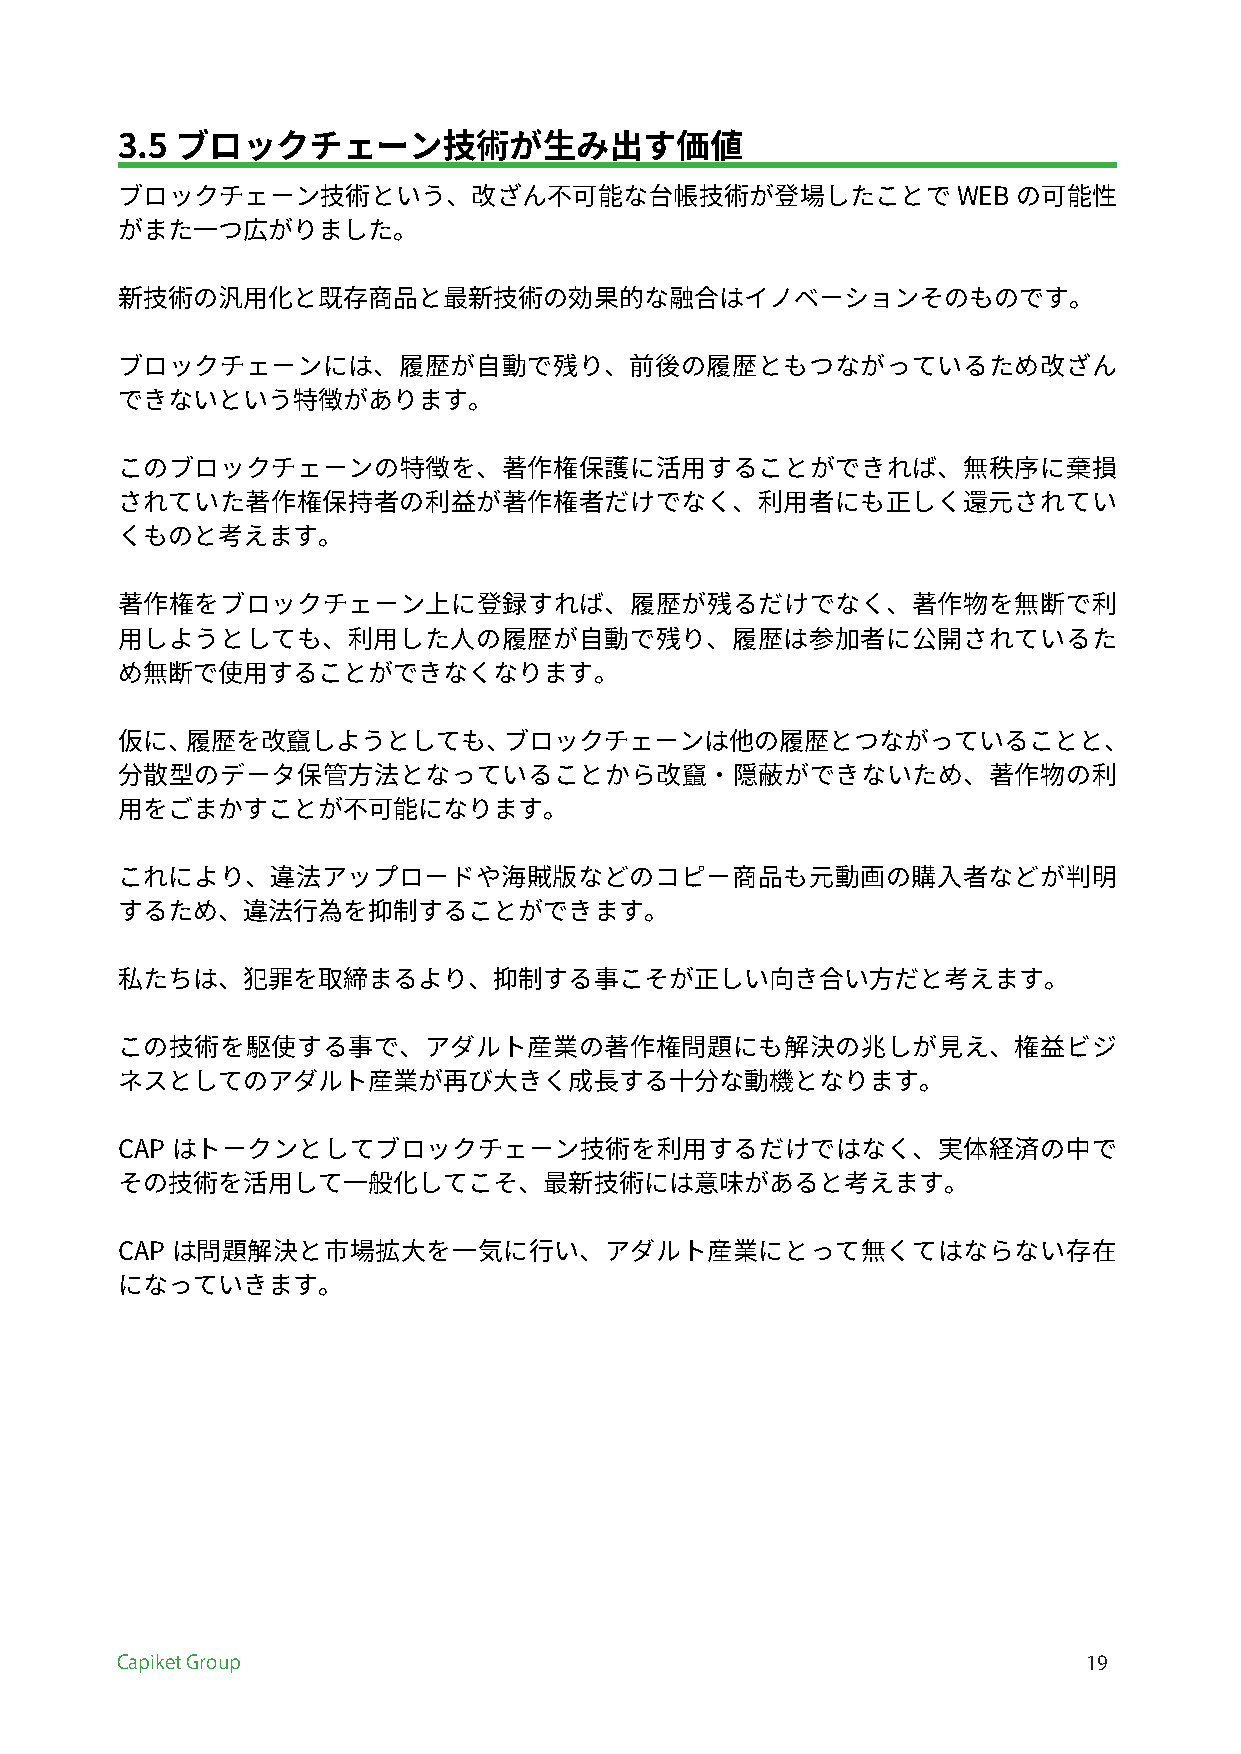
3.5 ブロックチェーン技術が生み出す価値
 ブロックチェーン技術という、改ざん不可能な台帳技術が登場したことでWEB                       の可能性
 がまた一つ広がりました。
 新技術の汎用化と既存商品と最新技術の効果的な融合はイノベーションそのものです。
 ブロックチェーンには、履歴が自動で残り、前後の履歴ともつながっているため改ざん
 できないという特徴があります。
 このブロックチェーンの特徴を、著作権保護に活用することができれば、無秩序に棄損
 されていた著作権保持者の利益が著作権者だけでなく、利用者にも正しく還元されてい
 くものと考えます。
 著作権をブロックチェーン上に登録すれば、履歴が残るだけでなく、著作物を無断で利
 用しようとしても、利用した人の履歴が自動で残り、履歴は参加者に公開されているた
 め無断で使用することができなくなります。
 仮に、履歴を改竄しようとしても、ブロックチェーンは他の履歴とつながっていることと、
 分散型のデータ保管方法となっていることから改竄・隠蔽ができないため、著作物の利
 用をごまかすことが不可能になります。
 これにより、違法アップロードや海賊版などのコピー商品も元動画の購入者などが判明
 するため、違法行為を抑制することができます。
 私たちは、犯罪を取締まるより、抑制する事こそが正しい向き合い方だと考えます。
 この技術を駆使する事で、アダルト産業の著作権問題にも解決の兆しが見え、権益ビジ
 ネスとしてのアダルト産業が再び大きく成長する十分な動機となります。
 CAP はトークンとしてブロックチェーン技術を利用するだけではなく、実体経済の中で
 その技術を活用して一般化してこそ、最新技術には意味があると考えます。
 CAP は問題解決と市場拡大を一気に行い、アダルト産業にとって無くてはならない存在
 になっていきます。
 Capiket Group                                                   19